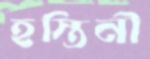
হস্তিনী